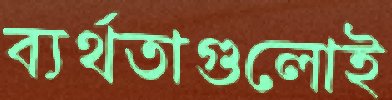
ব্যর্থতাগুলোই